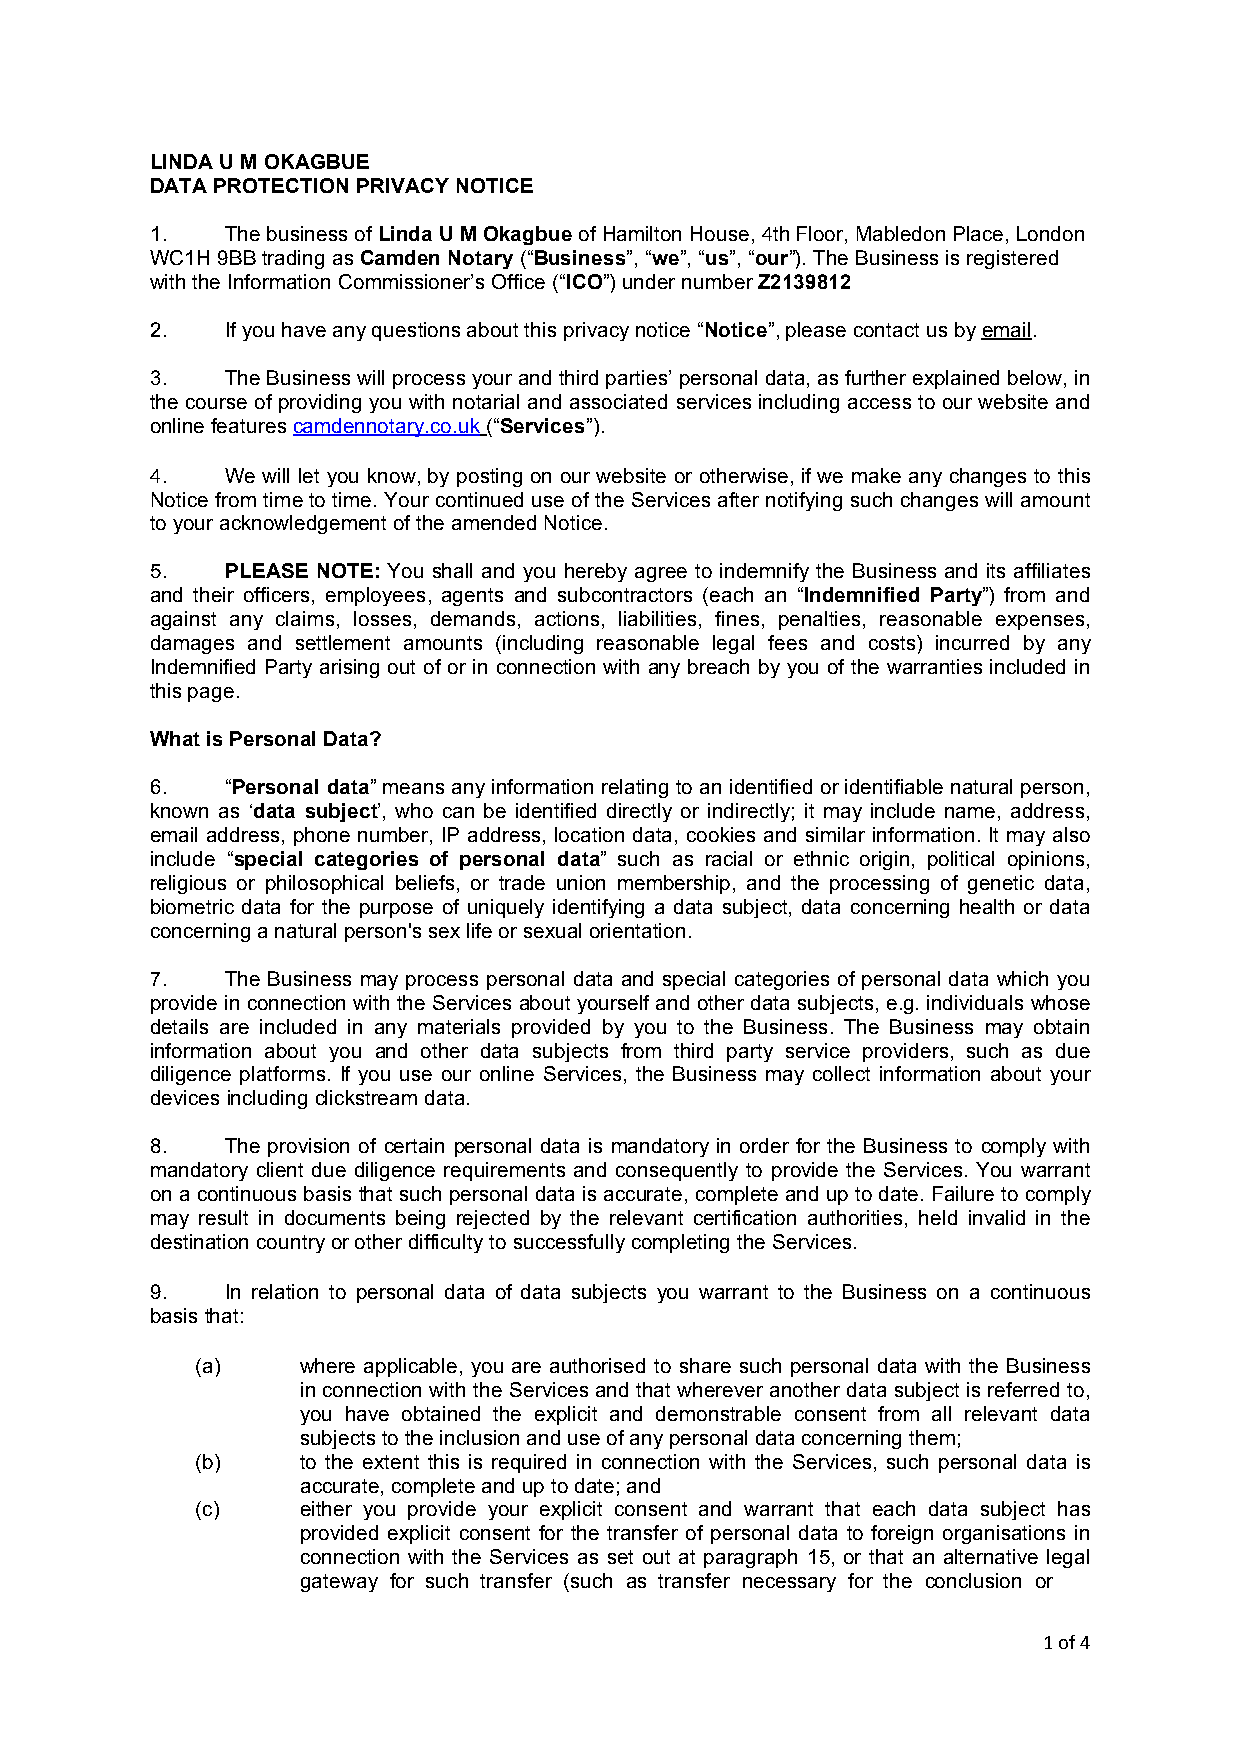
LINDA U M OKAGBUE
 DATA PROTECTION PRIVACY NOTICE
 1.   The business of Linda U M Okagbue of Hamilton House, 4th Floor, Mabledon Place, London
 WC1H 9BB trading as Camden Notary (“Business”, “we”, “us”, “our”). The Business is registered
 with the Information Commissioner’s Office (“ICO”) under number Z2139812
 2.   If you have any questions about this privacy notice “Notice”, please contact us by email.
 3.   The Business will process your and third parties’ personal data, as further explained below, in
 the course of providing you with notarial and associated services including access to our website and
 online features camdennotary.co.uk (“Services”).
 4.   We will let you know, by posting on our website or otherwise, if we make any changes to this
 Notice from time to time. Your continued use of the Services after notifying such changes will amount
 to your acknowledgement of the amended Notice.
 5.   PLEASE NOTE: You shall and you hereby agree to indemnify the Business and its affiliates
 and their officers, employees, agents and subcontractors (each an “Indemnified Party”) from and
 against any claims, losses, demands, actions, liabilities, fines, penalties, reasonable expenses,
 damages and settlement amounts (including reasonable legal fees and costs) incurred by any
 Indemnified Party arising out of or in connection with any breach by you of the warranties included in
 this page.
 What is Personal Data?
 6.   “Personal data” means any information relating to an identified or identifiable natural person,
 known as ‘data subject’, who can be identified directly or indirectly; it may include name, address,
 email address, phone number, IP address, location data, cookies and similar information. It may also
 include “special categories of personal data” such as racial or ethnic origin, political opinions,
 religious or philosophical beliefs, or trade union membership, and the processing of genetic data,
 biometric data for the purpose of uniquely identifying a data subject, data concerning health or data
 concerning a natural person's sex life or sexual orientation.
 7.   The Business may process personal data and special categories of personal data which you
 provide in connection with the Services about yourself and other data subjects, e.g. individuals whose
 details are included in any materials provided by you to the Business. The Business may obtain
 information about you and other data subjects from third party service providers, such as due
 diligence platforms. If you use our online Services, the Business may collect information about your
 devices including clickstream data.
 8.   The provision of certain personal data is mandatory in order for the Business to comply with
 mandatory client due diligence requirements and consequently to provide the Services. You warrant
 on a continuous basis that such personal data is accurate, complete and up to date. Failure to comply
 may result in documents being rejected by the relevant certification authorities, held invalid in the
 destination country or other difficulty to successfully completing the Services.
 9.   In relation to personal data of data subjects you warrant to the Business on a continuous
 basis that:
 (a)    where applicable, you are authorised to share such personal data with the Business
 in connection with the Services and that wherever another data subject is referred to,
 you have obtained the explicit and demonstrable consent from all relevant data
 subjects to the inclusion and use of any personal data concerning them;
 (b)    to the extent this is required in connection with the Services, such personal data is
 accurate, complete and up to date; and
 (c)    either you provide your explicit consent and warrant that each data subject has
 provided explicit consent for the transfer of personal data to foreign organisations in
 connection with the Services as set out at paragraph 15, or that an alternative legal
 gateway for such transfer (such as transfer necessary for the conclusion or
 1 of 4